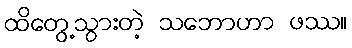
ထိတွေ့သွားတဲ့ သဘောဟာ ဖဿ။